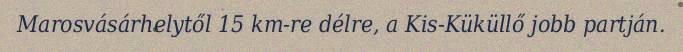
Marosvásárhelytől 15 km-re délre, a Kis-Küküllő jobb partján.